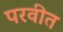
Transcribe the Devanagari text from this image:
परवीत